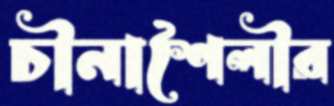
চীনাশৈলীর